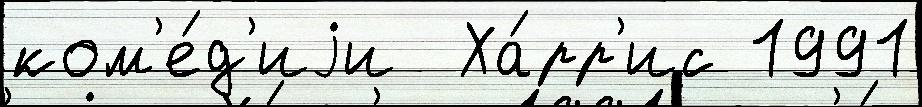
ком'е́д'иjи  Ха́рр'ис 1991